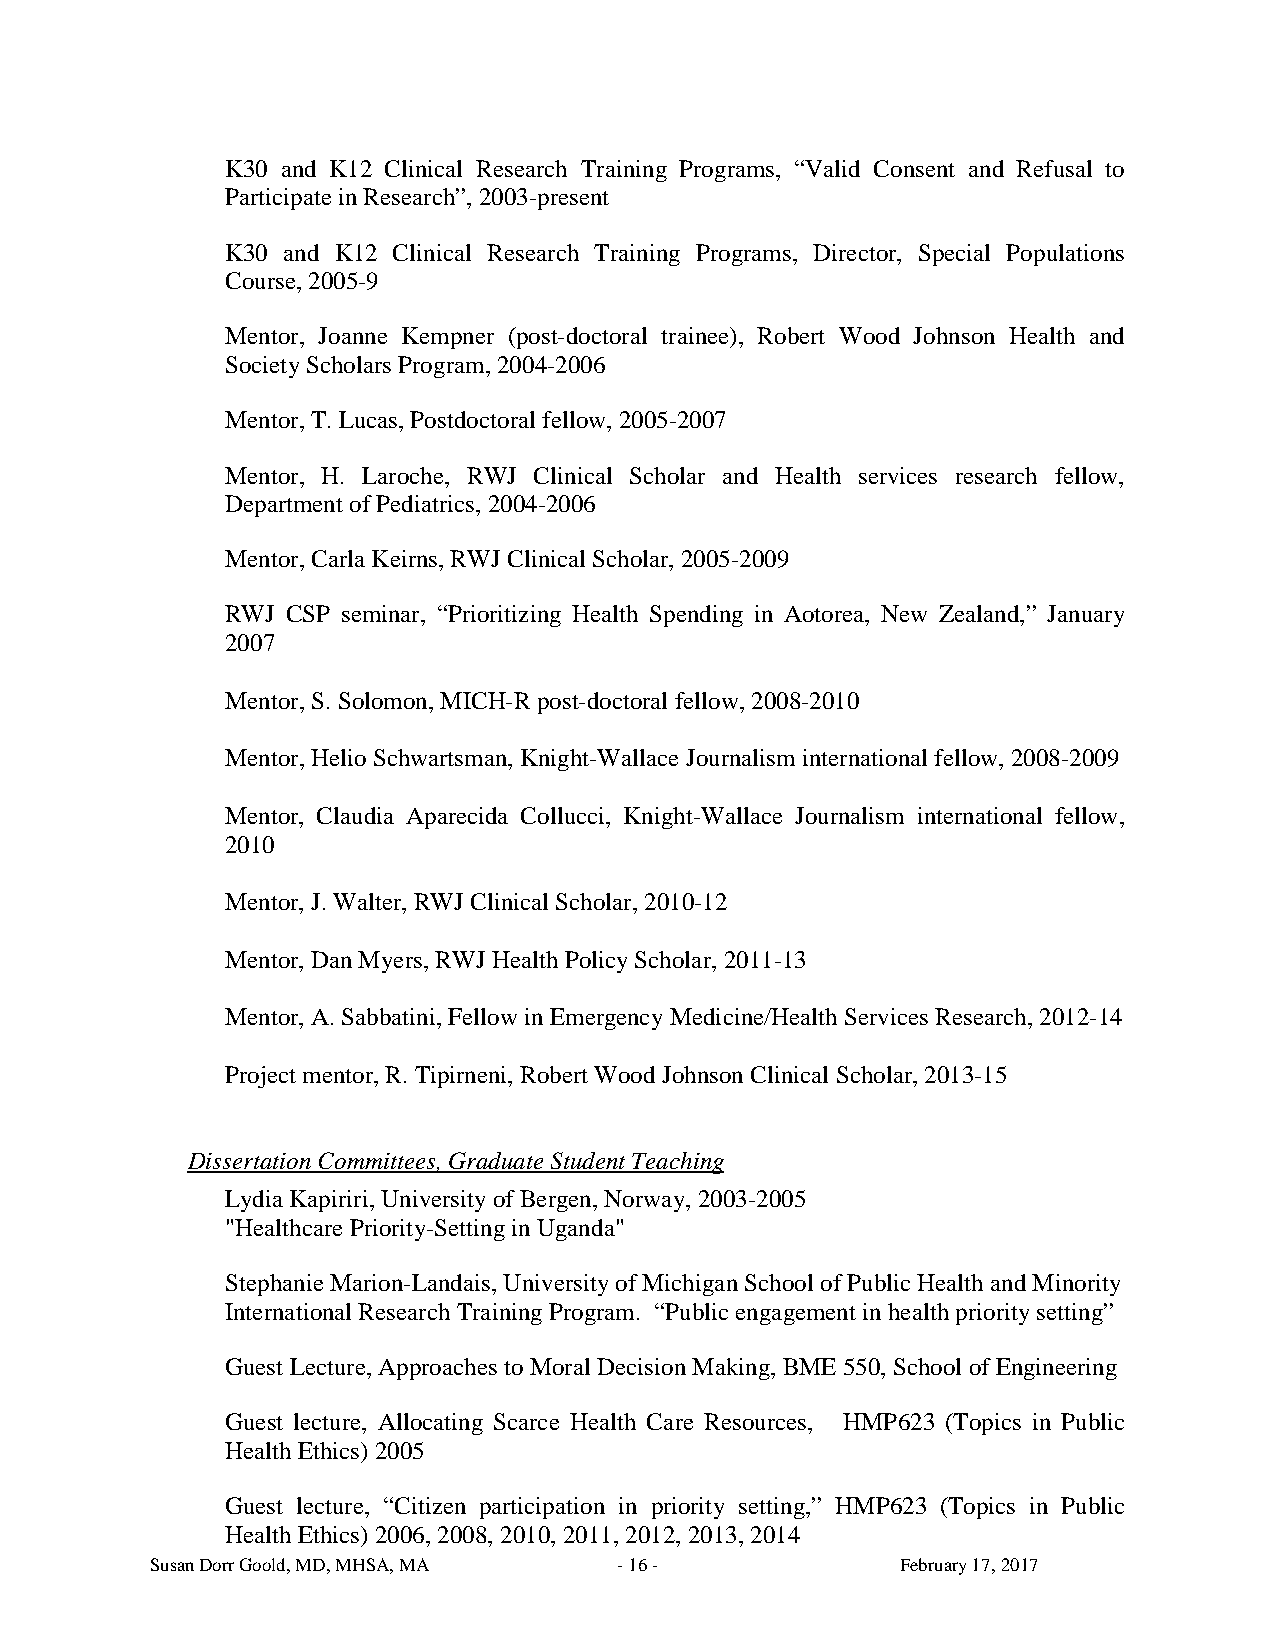
K30 and K12 Clinical Research Training Programs, “Valid Consent and Refusal to
 Participate in Research”, 2003-present
 K30 and K12 Clinical Research Training Programs, Director, Special Populations
 Course, 2005-9
 Mentor, Joanne Kempner (post-doctoral trainee), Robert Wood Johnson Health and
 Society Scholars Program, 2004-2006
 Mentor, T. Lucas, Postdoctoral fellow, 2005-2007
 Mentor, H. Laroche, RWJ Clinical Scholar and Health services research fellow,
 Department of Pediatrics, 2004-2006
 Mentor, Carla Keirns, RWJ Clinical Scholar, 2005-2009
 RWJ CSP seminar, “Prioritizing Health Spending in Aotorea, New Zealand,” January
 2007
 Mentor, S. Solomon, MICH-R post-doctoral fellow, 2008-2010
 Mentor, Helio Schwartsman, Knight-Wallace Journalism international fellow, 2008-2009
 Mentor, Claudia Aparecida Collucci, Knight-Wallace Journalism international fellow,
 2010
 Mentor, J. Walter, RWJ Clinical Scholar, 2010-12
 Mentor, Dan Myers, RWJ Health Policy Scholar, 2011-13
 Mentor, A. Sabbatini, Fellow in Emergency Medicine/Health Services Research, 2012-14
 Project mentor, R. Tipirneni, Robert Wood Johnson Clinical Scholar, 2013-15
 Dissertation Committees, Graduate Student Teaching
 Lydia Kapiriri, University of Bergen, Norway, 2003-2005
 "Healthcare Priority-Setting in Uganda"
 Stephanie Marion-Landais, University of Michigan School of Public Health and Minority
 International Research Training Program. “Public engagement in health priority setting”
 Guest Lecture, Approaches to Moral Decision Making, BME 550, School of Engineering
 Guest lecture, Allocating Scarce Health Care Resources, HMP623 (Topics in Public
 Health Ethics) 2005
 Guest lecture, “Citizen participation in priority setting,” HMP623 (Topics in Public
 Health Ethics) 2006, 2008, 2010, 2011, 2012, 2013, 2014
 Susan Dorr Goold, MD, MHSA, MA - 16 -             February 17, 2017